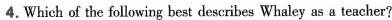
4.Which of the following best describes Whaley as a teacher?